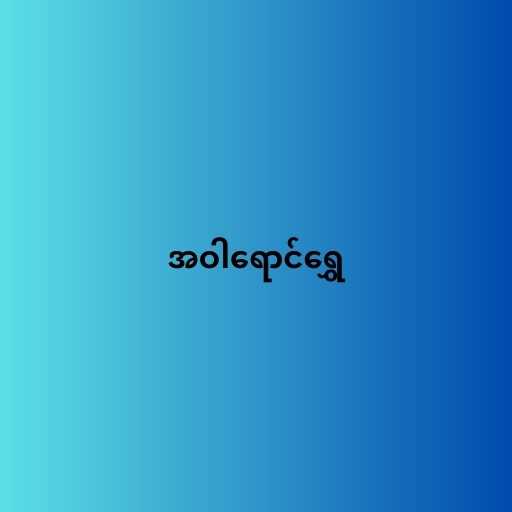
အဝါရောင်ရွှေ